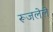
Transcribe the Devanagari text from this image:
रूजलेले